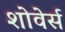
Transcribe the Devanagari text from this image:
शोवेर्स